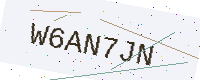
Text: W6AN7JN